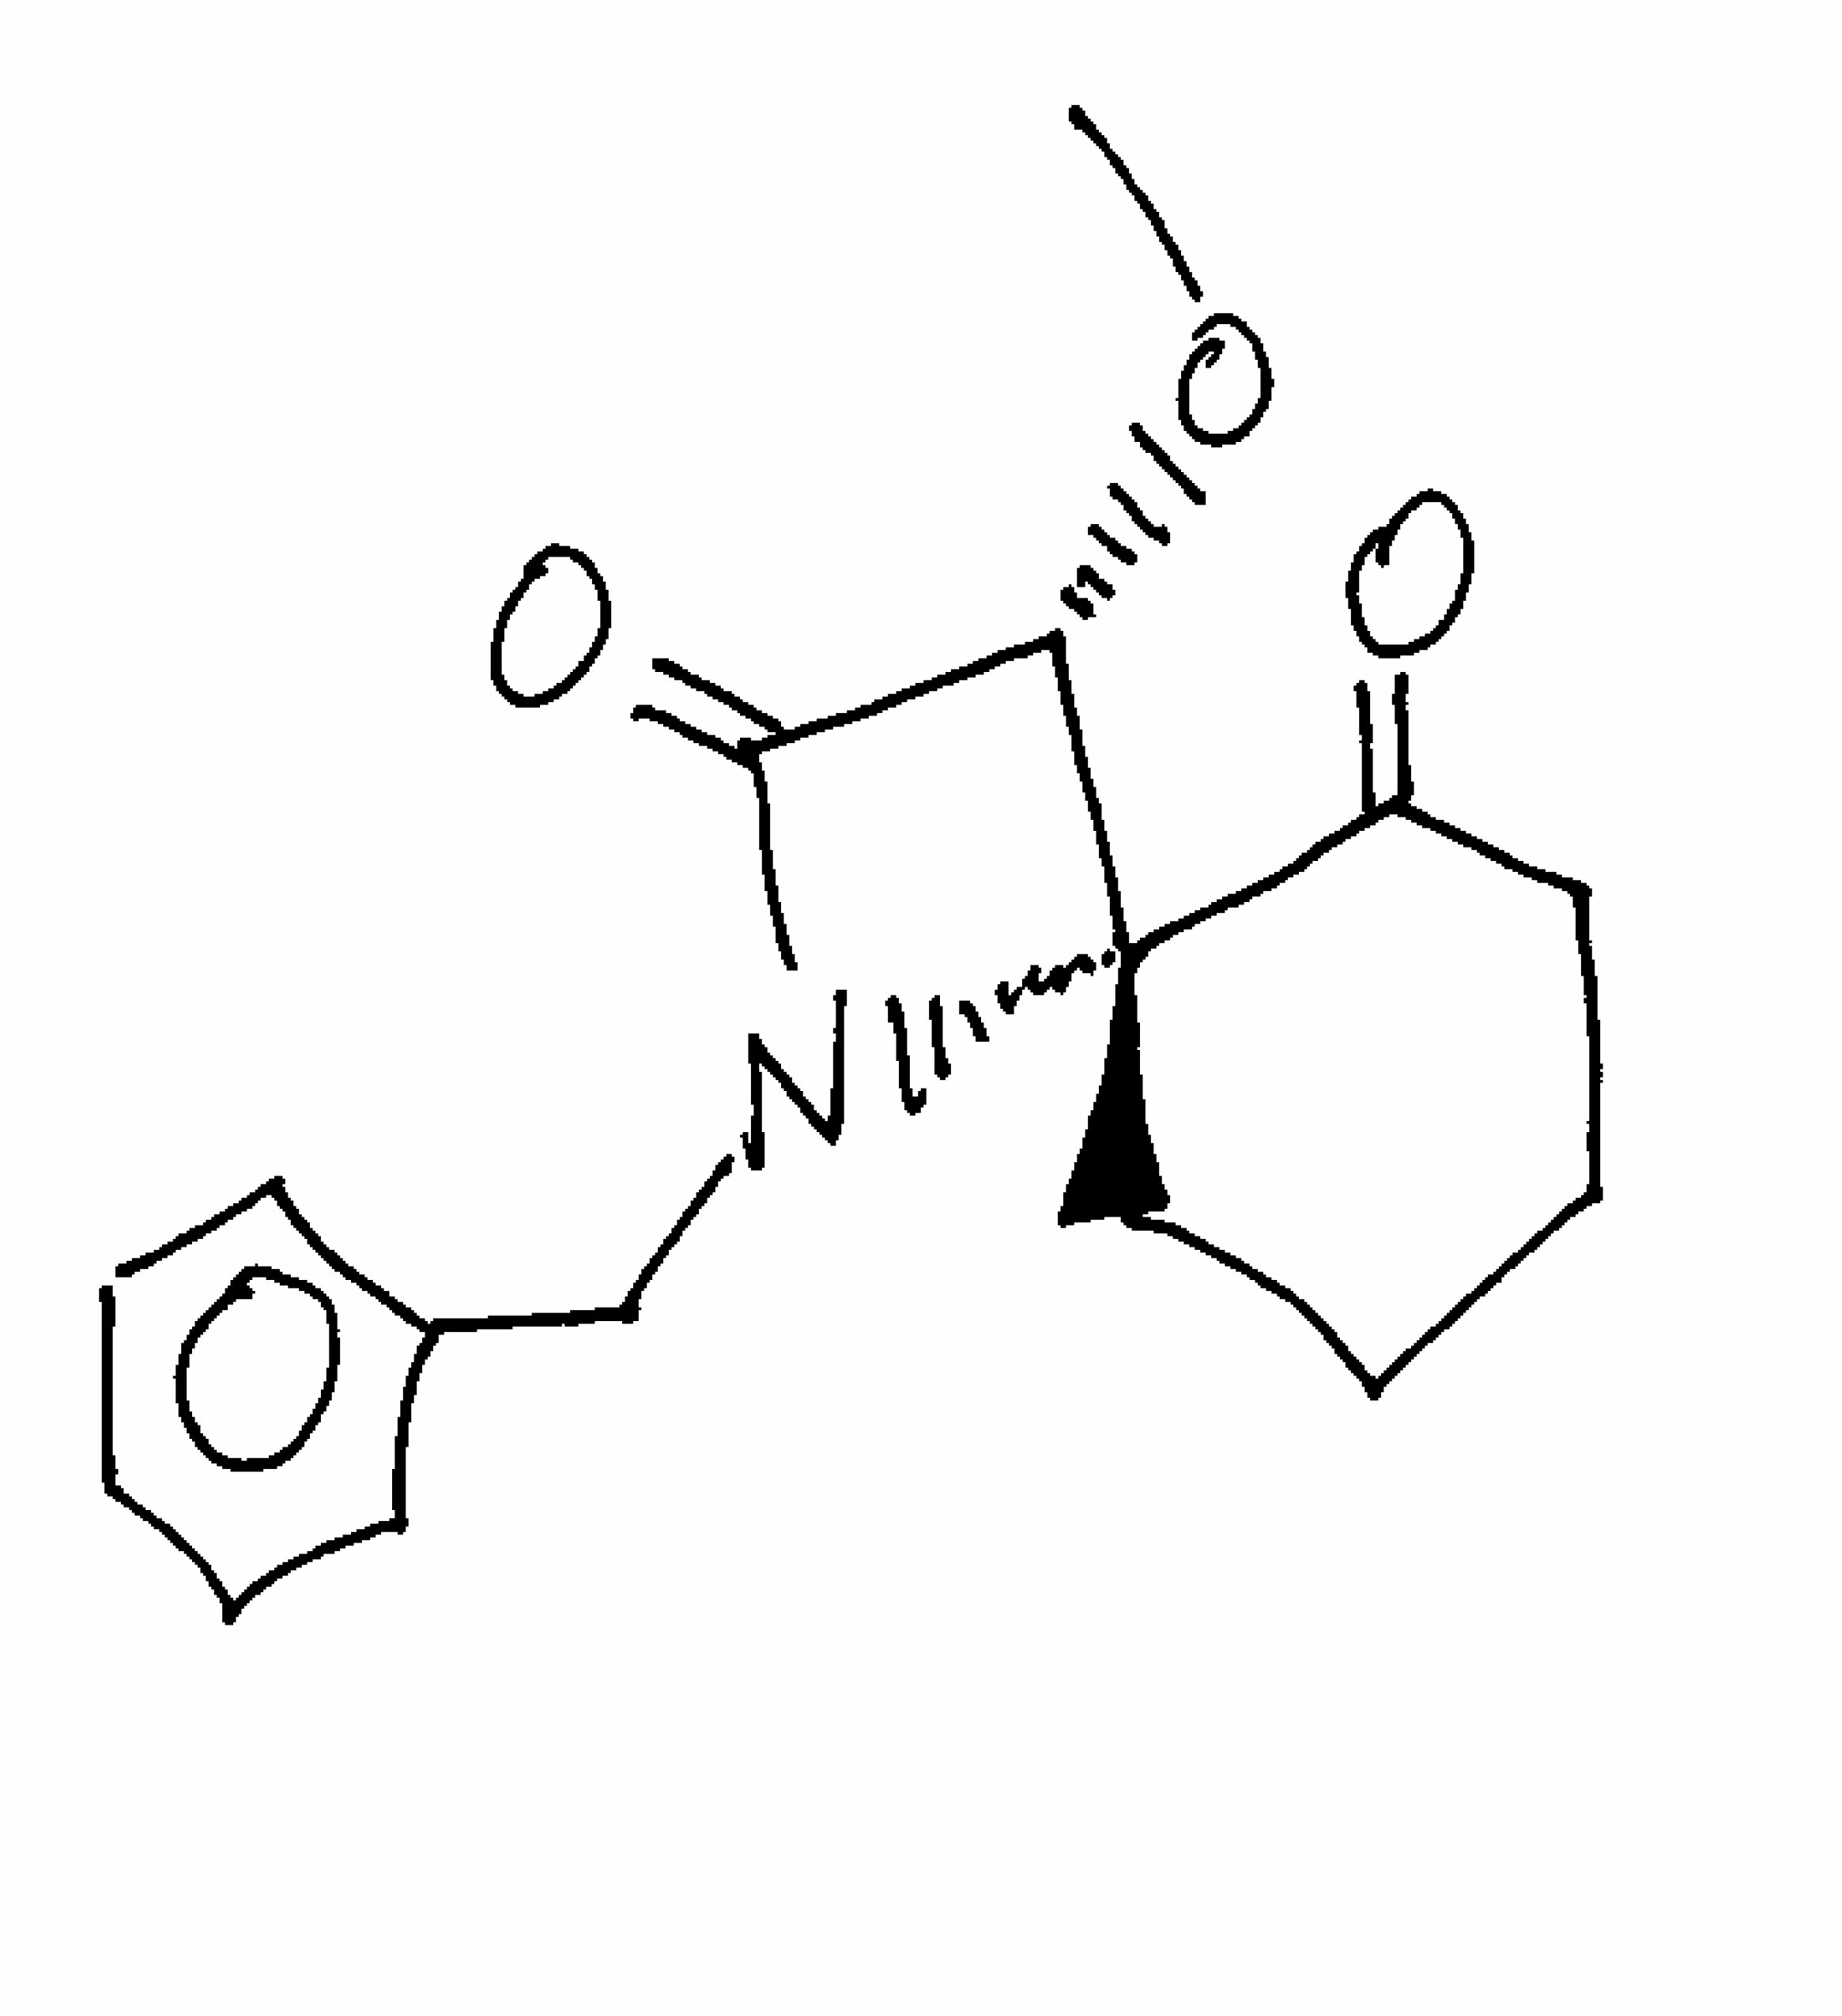
Simplified molecular-input line-entry system (SMILES) notation of the given molecule:
CO[C@H]1C(=O)N([C@]12CCCCC2=O)CC3=CC=CC=C3